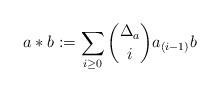
LaTeX: \begin{align*}a\ast b:= \sum_{i\geq 0}{\Delta_a \choose i}a_{(i-1)}b\end{align*}